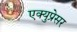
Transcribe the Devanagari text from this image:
एक्युप्रेसर